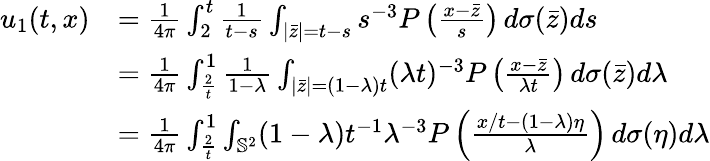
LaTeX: \begin{array}{rl}{u_{1}(t,x)}&{=\frac 1{4\pi}\int_{2}^{t}\frac{1}{t-s}\int_{|\bar{z}|=t-s}s^{-3}P\left(\frac{x-\bar{z}}{s}\right)\, d\sigma(\bar{z})ds}\\ &{=\frac 1{4\pi}\int_{\frac 2t}^{1}\frac{1}{1-\lambda}\int_{|\bar{z}|=(1-\lambda)t}(\lambda t)^{-3}P\left(\frac{x-\bar{z}}{\lambda t}\right)\, d\sigma(\bar{z})d\lambda}\\ &{=\frac 1{4\pi}\int_{\frac 2t}^{1}\int_{\mathbb{S}^{2}}(1-\lambda)t^{-1}\lambda^{-3}P\left(\frac{x/t-(1-\lambda)\eta}{\lambda}\right)\, d\sigma(\eta)d\lambda}\end{array}